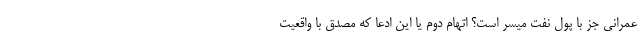
عمرانی جز با پول نفت میسر است؟ اتهام دوم یا این ادعا که مصدق با واقعیت